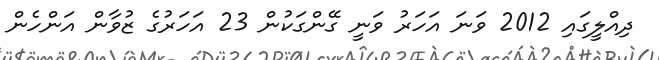
ދިއްލީގައި 2012 ވަނަ އަހަރު ވަނީ ގޭންގަކުން 23 އަހަރުގެ ޒުވާން އަންހެން